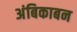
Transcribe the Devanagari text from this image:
अंबिकाबन